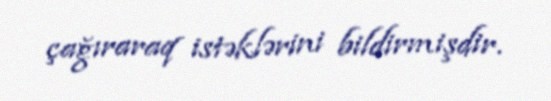
çağıraraq istəklərini bildirmişdir.